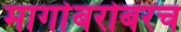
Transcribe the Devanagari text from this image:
मार्गाबरोबरच